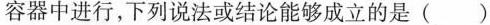
容器中进行，下列说法或结论能够成立的是()